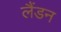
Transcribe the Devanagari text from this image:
लैंडन